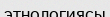
этнологиясы